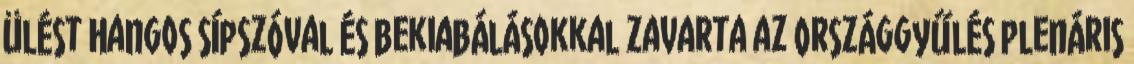
ülést Hangos sípszóval és bekiabálásokkal zavarta az Országgyűlés plenáris